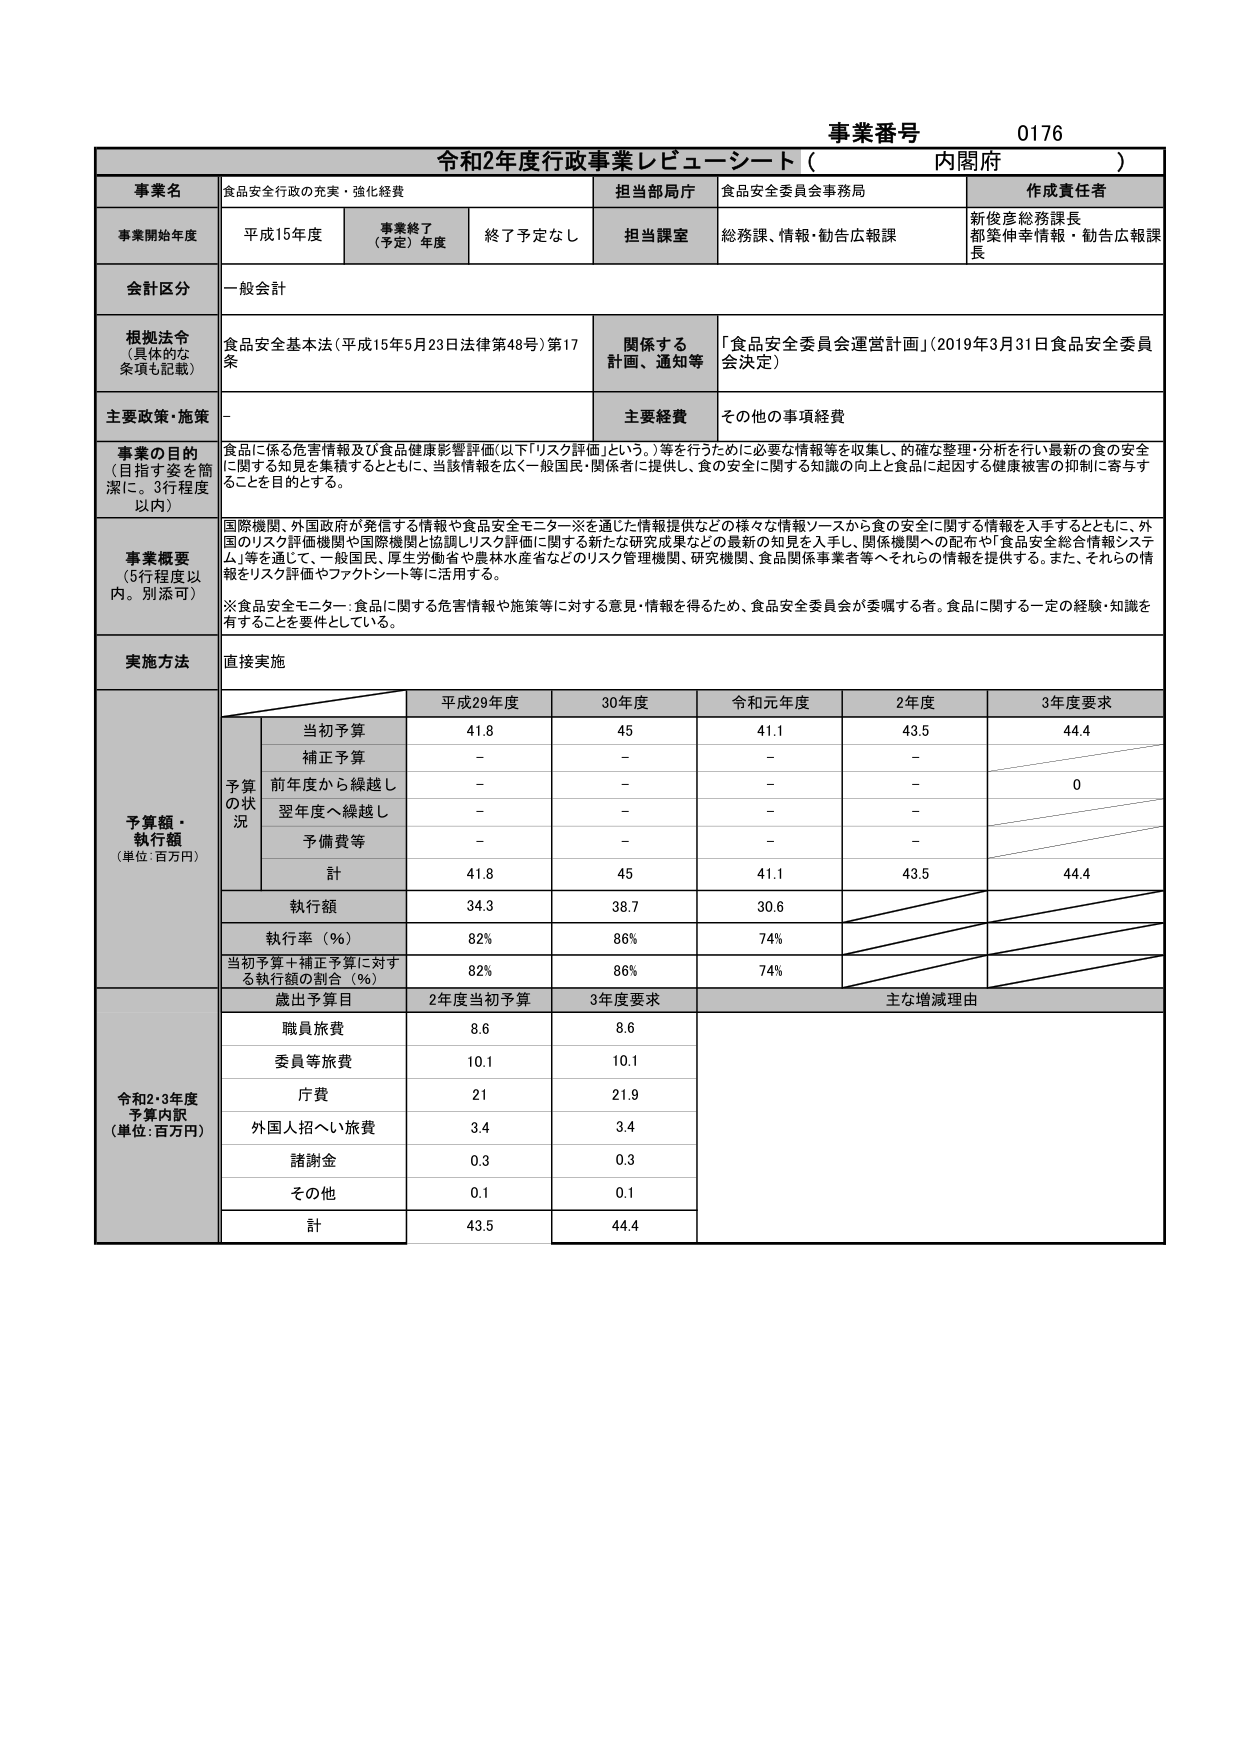
事業番号 0176
令和2年度行政事業レビューシート（内閣府）

事業名 食品安全行政の充実・強化経費
担当当局庁 食品安全委員会事務局
作成責任者 新俊彦総務課長 都築伸幸情報・勧告広報課長

事業開始年度 平成15年度 事業終了（予定）年度 終了予定なし 担当課室 総務課、情報・勧告広報課

会計区分 一般会計

根拠法令（具体的な条項も記載） 食品安全基本法（平成15年5月23日法律第48号）第17条
関係する計画、通知等 「食品安全委員会運営計画」（2019年3月31日食品安全委員会決定）

主要政策・施策 -
主要経費 その他の事項経費

事業の目的（目指す姿を簡潔に。3行程度以内） 食品に係る危害情報及び食品健康影響評価（以下「リスク評価」という。）等を行うために必要な情報等を収集し、的確な整理・分析を行い最新の食の安全に関する知見を集積するとともに、当該情報を広く一般国民・関係者に提供し、食の安全に関する知識の向上と食品に起因する健康被害の抑制に寄与することを目的とする。

事業概要（5行程度以内。別添可） 国際機関、外国政府が発信する情報や食品安全モニター※を通じた情報提供などの様々な情報ソースから食の安全に関する情報を入手するとともに、外国のリスク評価機関や国際機関と協調しリスク評価に関する新たな研究成果などの最新の知見を入手し、関係機関への配布や「食品安全総合情報システム」等を通じて、一般国民、厚生労働省や農林水産省などのリスク管理機関、研究機関、食品関係事業者等へそれらの情報を提供する。また、それらの情報をリスク評価やファクトシート等に活用する。
※食品安全モニター：食品に関する危害情報や施策等に対する意見・情報を得るため、食品安全委員会が委嘱する者。食品に関する一定の経験・知識を有することを要件としている。

実施方法 直接実施

予算額・執行額（単位：百万円）
予算の状況
平成29年度 30年度 令和元年度 2年度 3年度要求
当初予算 41.8 45 41.1 43.5 44.4
補正予算 - - - -
前年度から繰越し - - - - 0
翌年度へ繰越し - - - -
予備費等 - - - -
計 41.8 45 41.1 43.5 44.4
執行額 34.3 38.7 30.6
執行率（％） 82% 86% 74%
当初予算＋補正予算に対する執行額の割合（％） 82% 86% 74%

令和2・3年度予算内訳（単位：百万円）
歳出予算目 2年度当初予算 3年度要求 主な増減理由
職員旅費 8.6 8.6
委員等旅費 10.1 10.1
庁費 21 21.9
外国人招へい旅費 3.4 3.4
諸謝金 0.3 0.3
その他 0.1 0.1
計 43.5 44.4